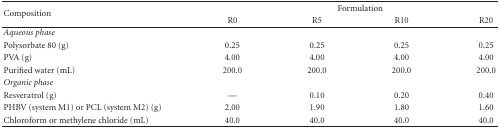
<table><thead><tr><td rowspan="2"><b>Composition</b></td><td colspan="4"><b>Formulation</b></td></tr><tr><td><b>R0</b></td><td><b>R5</b></td><td><b>R10</b></td><td><b>R20</b></td></tr></thead><tbody><tr><td><i>Aqueous phase</i></td><td></td><td></td><td></td><td></td></tr><tr><td>Polysorbate 80 (g)</td><td>0.25</td><td>0.25</td><td>0.25</td><td>0.25</td></tr><tr><td>PVA (g)</td><td>4.00</td><td>4.00</td><td>4.00</td><td>4.00</td></tr><tr><td>Purified water (mL)</td><td>200.0</td><td>200.0</td><td>200.0</td><td>200.0</td></tr><tr><td><i>Organic phase</i></td><td></td><td></td><td></td><td></td></tr><tr><td>Resveratrol (g)</td><td>—</td><td>0.10</td><td>0.20</td><td>0.40</td></tr><tr><td>PHBV (system M1) or PCL (system M2) (g)</td><td>2.00</td><td>1.90</td><td>1.80</td><td>1.60</td></tr><tr><td>Chloroform or methylene chloride (mL)</td><td>40.0</td><td>40.0</td><td>40.0</td><td>40.0</td></tr></tbody></table>